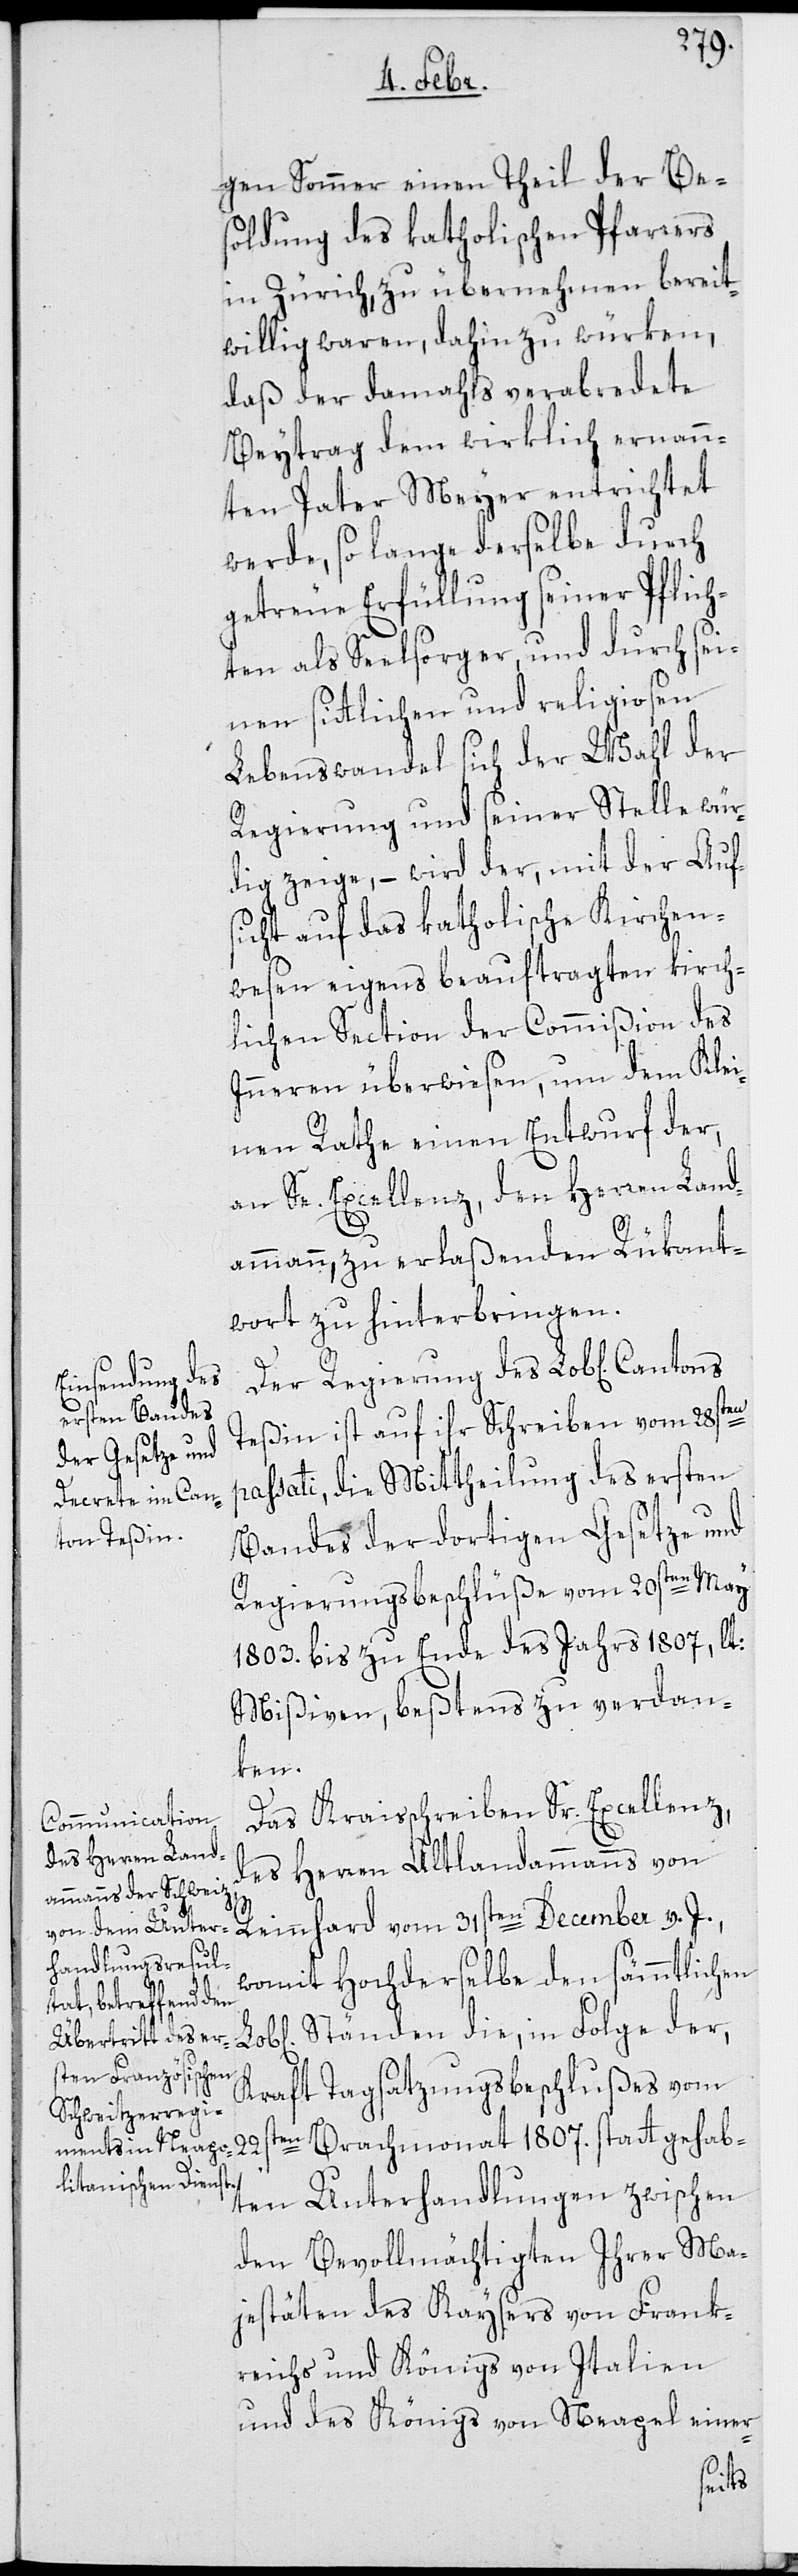
gen Sommer einen Theil der Be¬
soldung des katholischen Pfarrers
in Zürich, zu übernehmen bereit¬
willig waren, dahin zu würken,
daß der damahls verabredete
Beytrag dem wirklich ernann¬
ten Pater Meyer entrichtet
werde, so lange derselbe durch
getreue Erfüllung seiner Pflich¬
ten als Seelsorger, und durch sei¬
nen sittlichen und religiosen
Lebenswandel sich der Wahl der
Regierung und seiner Stelle wür¬
dig zeige, – wird der, mit der Auf¬
sicht auf das katholische Kirchen¬
wesen eigens beauftragten kirch¬
lichen Section der Commißion des
Inneren überwiesen, um dem Klei¬
nen Rathe einen Entwurf, der
an Se. Excellenz, den Herren Land¬
ammann zu erlaßenden Rükant¬
wort zu hinterbringen.
Der Regierung des Lob[lichen]
Teßin ist auf ihr Schreiben vom 28sten
passati, die Mittheilung des ersten
Bandes der dortigen Gesetze und
Regierungsbeschlüße vom 20sten May
1803. bis zu Ende des Jahrs 1807, lt:
Mißiven, beßtens zu verdan¬
ken.
Das Kraisschreiben Sr. Excellenz
des Herren alt Landammanns von
Reinhard vom 31sten December v. J.,
womit Hochderselbe den sämmtlichen
Kraft Tagsatzungsbeschlußes vom
ten Brachmonat 1807. stattgehab¬
22s¬
ten Unterhandlungen zwischen
den Bevollmächtigten ihrer Ma¬
jestäten des Kaysers von Frank¬
reich und Königs von Italien
und des Königs von Neapel einer-